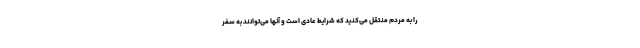
را به مردم منتقل می‌کنید که شرایط عادی است و آنها می‌توانند به سفر